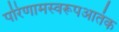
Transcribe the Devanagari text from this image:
परिणामस्वरूपआतंक